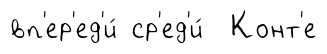
вп'ер'ед'и́ ср'ед'и́ Конт'е